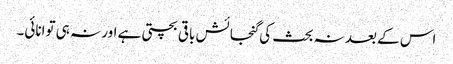
اس کے بعد نہ بحث کی گنجائش باقی بچتی ہے اور نہ ہی توانائی۔